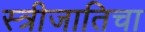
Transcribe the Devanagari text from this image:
स्त्रीजातिचा